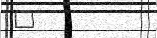
٦